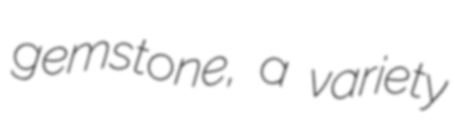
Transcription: gemstone, a variety